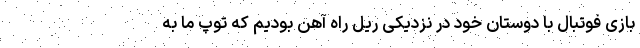
بازی فوتبال با دوستان خود در نزدیکی ریل راه آهن بودیم که توپ ما به